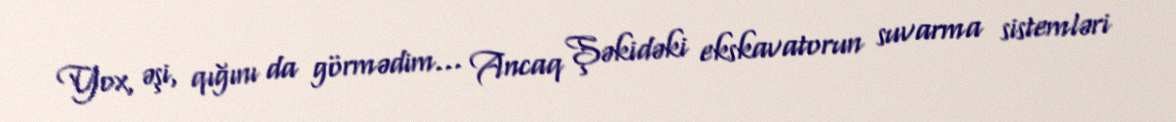
Yox, əşi, qığını da görmədim... Ancaq Şəkidəki ekskavatorun suvarma sistemləri